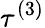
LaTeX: \tau^{(3)}